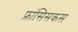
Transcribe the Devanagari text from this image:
फ्रांसिसकस